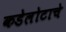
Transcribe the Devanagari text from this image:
कडेलोटाचे